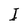
Character: I